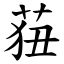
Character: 莥